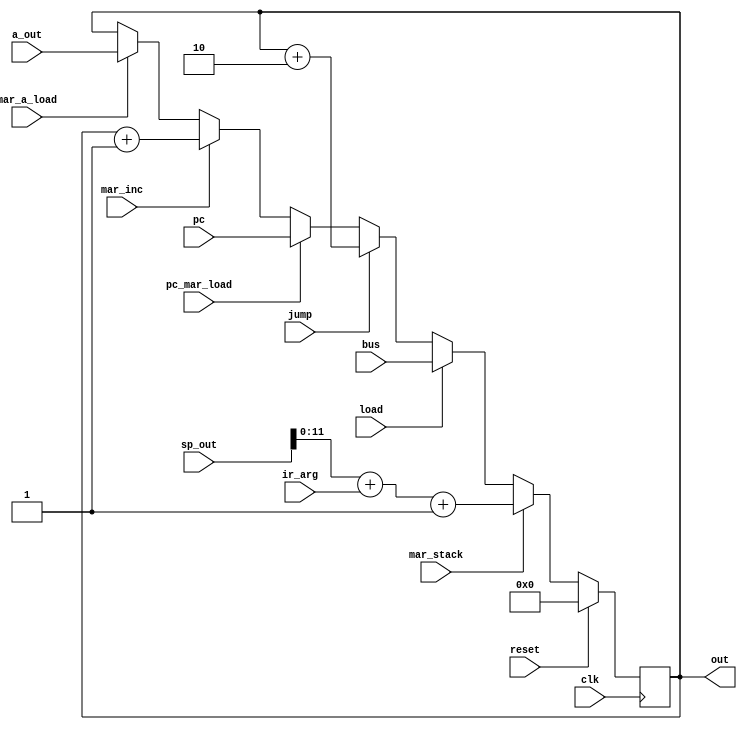
module mar(
    input clk,
    input load,
    input mar_inc,
    input jump,
    input pc_mar_load,
    input mar_a_load,
    input mar_stack,
    input[15:0] sp_out,
    input[9:0] ir_arg,
    input[11:0] a_out,
    input[11:0] pc,
    input[11:0] bus,
    output[11:0] out,
    input reset
);

reg[11:0] register;

initial begin
    register = 12'b0;
end

always @(negedge clk) begin
    if (reset) begin
        register = 12'b0;
    end else if (mar_stack) begin
        register <= sp_out + ir_arg + 1;
    end else if (load) begin
        register <= bus;
    end else if (jump) begin
        register <= register + 2;
    end else if (pc_mar_load) begin
        register <= pc;
    end else if (mar_inc) begin
        register <= register + 1;
    end else if (mar_a_load) begin
        register <= a_out;
    end
end

assign out = register;

endmodule